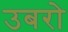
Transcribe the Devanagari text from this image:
उबरो